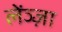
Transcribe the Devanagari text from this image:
लेंञ्ज़ा